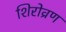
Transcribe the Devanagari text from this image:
शिरोव्रण